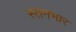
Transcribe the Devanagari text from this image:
स्तनभार